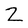
Character: 2